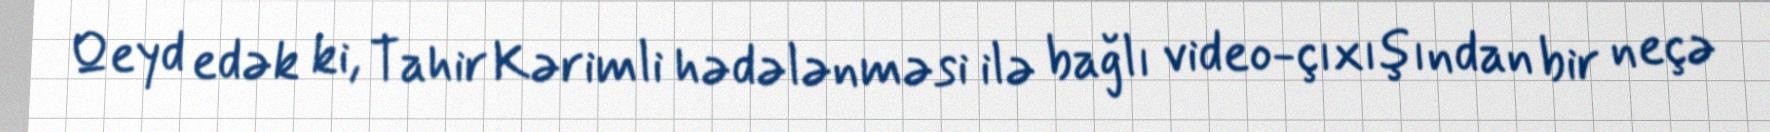
Qeyd edək ki, Tahir Kərimli hədələnməsi ilə bağlı video-çıxışından bir neçə